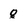
Character: g